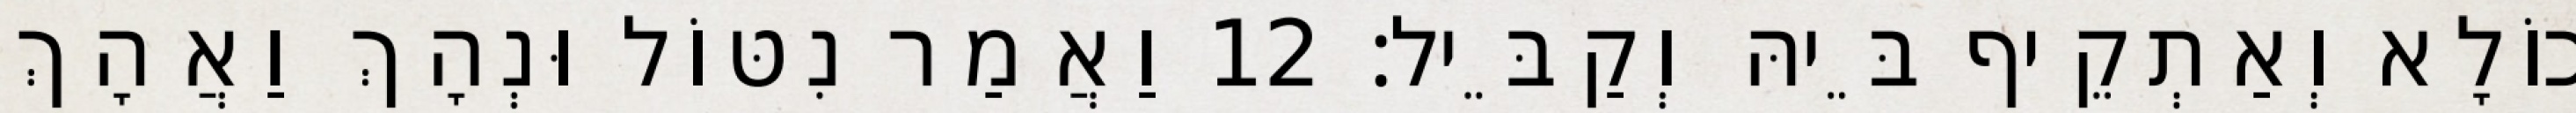
כוֹלָא וְאַתְקֵיף בֵּיהּ וְקַבֵּיל׃ 12 וַאֲמַר נִטּוֹל וּנְהָךְ וַאֲהָךְ